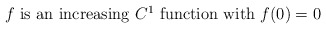
\begin{align*}f \hbox{ is an increasing $C^1$ function with $f(0)=0$}\end{align*}